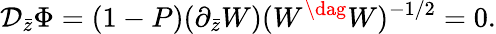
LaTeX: \mathcal{D}_{\bar{{z}}}\Phi=(1-P)(\partial_{\bar{{z}}}W)(W^{\dag}W)^{-1/2}=0.